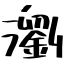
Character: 瀏